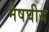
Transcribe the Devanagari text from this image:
नैषघीय